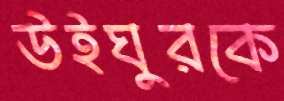
উইঘুরকে